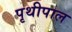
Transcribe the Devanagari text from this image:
पृथीपाल